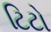
ટિટો